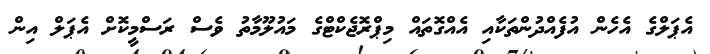
އެޕަލްގެ އެހެން އުފެއްދުންތަކާއި އެއްގޮތައް މިޕްރޮޖެކްޓްގެ މައުލޫމާތު ވެސް ރަސްމީކޮށް އެޕަލް އިން